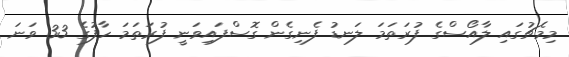
މިމެޗުގައި ލާއޯސްގެ ފުރަތަމަ ލަނޑު ފެނިގެން ގޮސްފައިވަނީ ފުރަތަމަ ހާފުގެ 33 ވަނަ